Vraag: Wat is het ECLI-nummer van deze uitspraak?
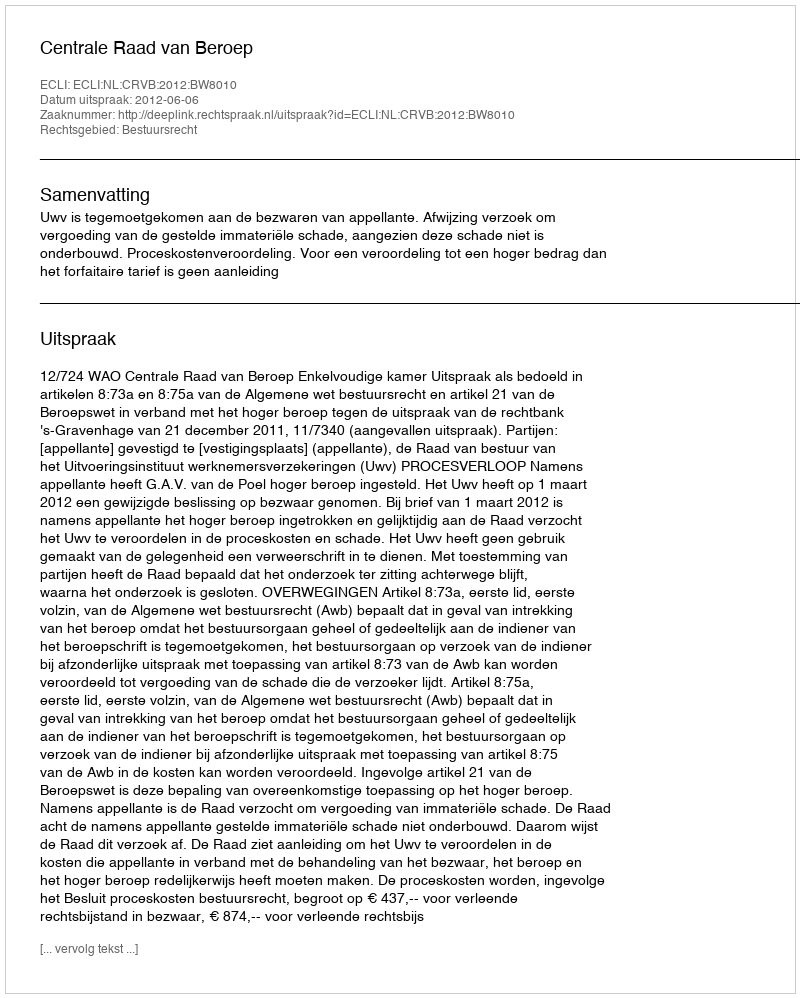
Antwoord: ECLI:NL:CRVB:2012:BW8010